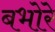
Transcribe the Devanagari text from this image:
बभोरे